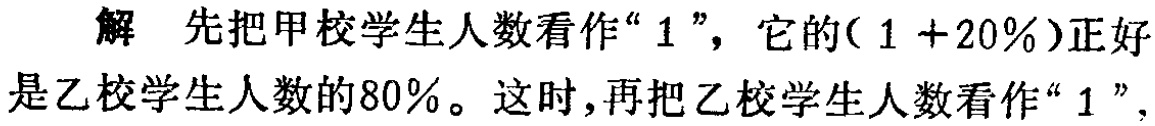
解 先把甲校学生人数看作“$1$”，它的$(1 + 20\%)$正好是乙校学生人数的$80\%$。这时，再把乙校学生人数看作“$1$”，